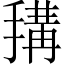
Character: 𢲱